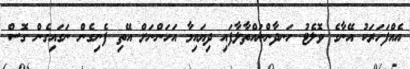
އެއްފަހަރަކު އޭނާގެ ވޮލެޓު ހަނދާންނައްތާލާފައި ދިޔައިމާ އަހަންނަށް އޭތި ފެނިގެން ނަގައިގެން ގޮސް